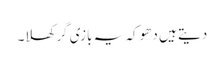
دیتے ہیں دھوکہ یہ بازی گر کھلا۔